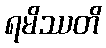
ရမိဿတိ